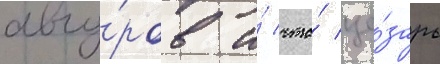
авгу́ров и́ что́ це́зарь